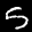
Label: 5